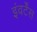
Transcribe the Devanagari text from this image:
इंवर्टेंस